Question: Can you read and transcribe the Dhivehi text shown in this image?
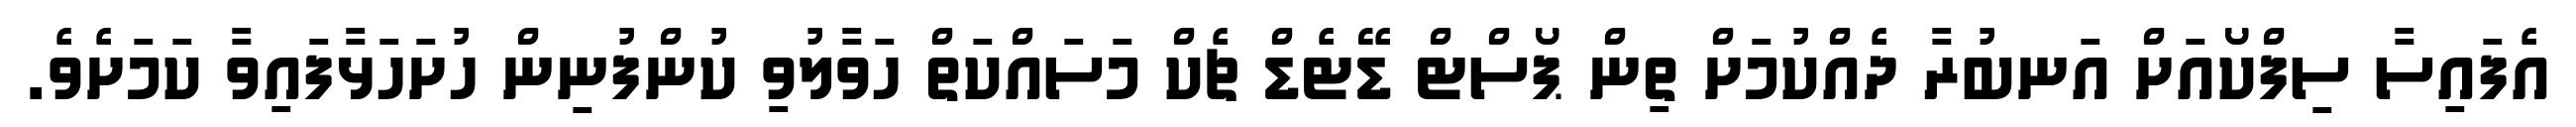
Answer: އެފައިސާ ސިފްކޯއަށް އަނބުރާ ދެއްކުމަށް ތިން ޕޯސްޓް ޑޭޓެޑް ޗެކް މަސައްކަތް ހަވާލުވި ކުންފުނިން ހުށަހަޅާފައިވާ ކަމަށެވެ.